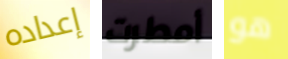
إعداده أمطرت هو